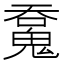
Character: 𩳝